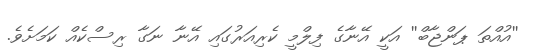
''އުއްތަ ޕަންޖާބް'' އަކީ އޭނާގެ ފިލްމީ ކެރިއަރުގައި އޭނާ ނަގާ ރިސްކެއް ކަމަށެވެ.